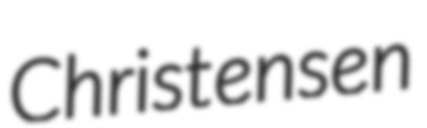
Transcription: Christensen